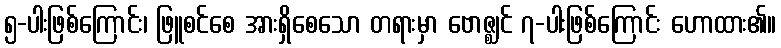
၅-ပါးဖြစ်ကြောင်း၊ ဖြူစင်စေ အားရှိစေသော တရားမှာ ဗောဇ္ဈင် ၇-ပါးဖြစ်ကြောင်း ဟောထား၏။